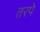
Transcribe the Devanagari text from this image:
तरपे